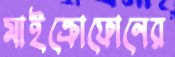
মাইক্রোফোনের